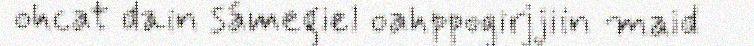
ohcat dain sámegiel oahppogirjjiin maid